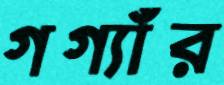
গগ্যাঁর